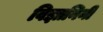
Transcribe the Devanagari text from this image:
विज्ञानिनी